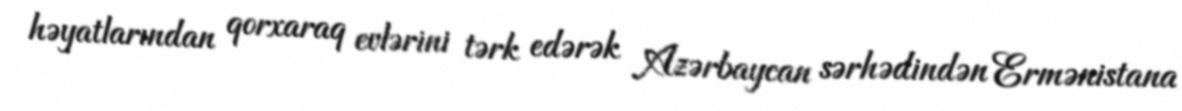
həyatlarından qorxaraq evlərini tərk edərək Azərbaycan sərhədindən Ermənistana